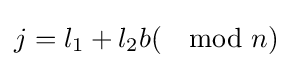
j=l_{1}+l_{2}b(\mod n)